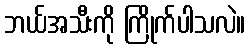
ဘယ်အသီးကို ကြိုက်ပါသလဲ။